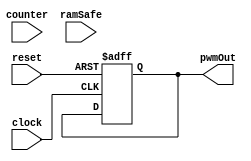

module pwm (
	clock,
	reset,

	counter,
	ramSafe,

	pwmOut
);


input  clock;
input [15:0] counter;
input  ramSafe;
input  reset;

output  pwmOut;


// ------------------------------
//        Define States          
// ------------------------------

parameter [2:0] CONFIGRAM1 = 3'b10;
parameter [2:0] CONFIGRAM2 = 3'b11;
parameter [2:0] CONFIGRAM3 = 3'b100;
parameter [2:0] CONFIGURE = 3'b01;
parameter [2:0] IDLE = 3'b00;

parameter  newParameter = 1'b1;



// ------------------------------
//        Definitions          
// ------------------------------


wire  clock;
wire [15:0] counter;
wire  ramSafe;
wire  reset;

reg [15:0] onTime;
reg  pwmOut;

reg [4:0] state;
reg [4:0] next;
// ------------------------------
//       Common Code, not used         
// ------------------------------


// ------------------------------
//       Code Block         
// ------------------------------
// hopefully no code block


// ------------------------------
//       Input Buffering         
// ------------------------------



always @ (posedge clock or posedge reset) begin 
	if (reset) begin
	end
	else begin
	end
end


// ------------------------------
//   State Switching Block       
// ------------------------------


always @ (posedge clock or posedge reset) begin
	if (reset)	begin
            state <= 5'b0;
            state[IDLE] <= 1'b1;
	end
	else state <= next;
end



// ------------------------------
//          Input Block         
// ------------------------------


always @ ( state , counter , ramSafe) begin
	next = 5'b0;
	case (1'b1)
		state[CONFIGRAM1]  :  begin
			next[CONFIGRAM2] = 1'b1;
		end
		state[CONFIGRAM2]  :  begin
			next[CONFIGRAM3] = 1'b1;
		end
		state[CONFIGRAM3]  :  begin
			next[IDLE] = 1'b1;
		end
		state[CONFIGURE]  :  begin
			next[CONFIGRAM1] = 1'b1;
		end
		state[IDLE]  :  begin
			if( counter >= 16'hefff && ramSafe == 1'b1 )
				next[CONFIGURE] = 1'b1;
			else 
				next[IDLE] = 1'b1;
		end
	endcase
end      // end of input block


// ------------------------------
//         Output Block          
// ------------------------------



always @ (posedge clock or posedge reset) begin 
	if (reset) begin
		onTime <= 16'b0;
		pwmOut <= 1'b0;
	end
	else begin
		onTime <= onTime;
		pwmOut <= pwmOut;
		case (1'b1)
			state[CONFIGRAM1]  :  begin
			end
			state[CONFIGRAM2]  :  begin
			end
			state[CONFIGRAM3]  :  begin
			end
			state[CONFIGURE]  :  begin
			end
			state[IDLE]  :  begin
			end

		endcase
	end

end      // end of output always block

endmodule      // end of module pwm